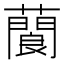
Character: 䕞